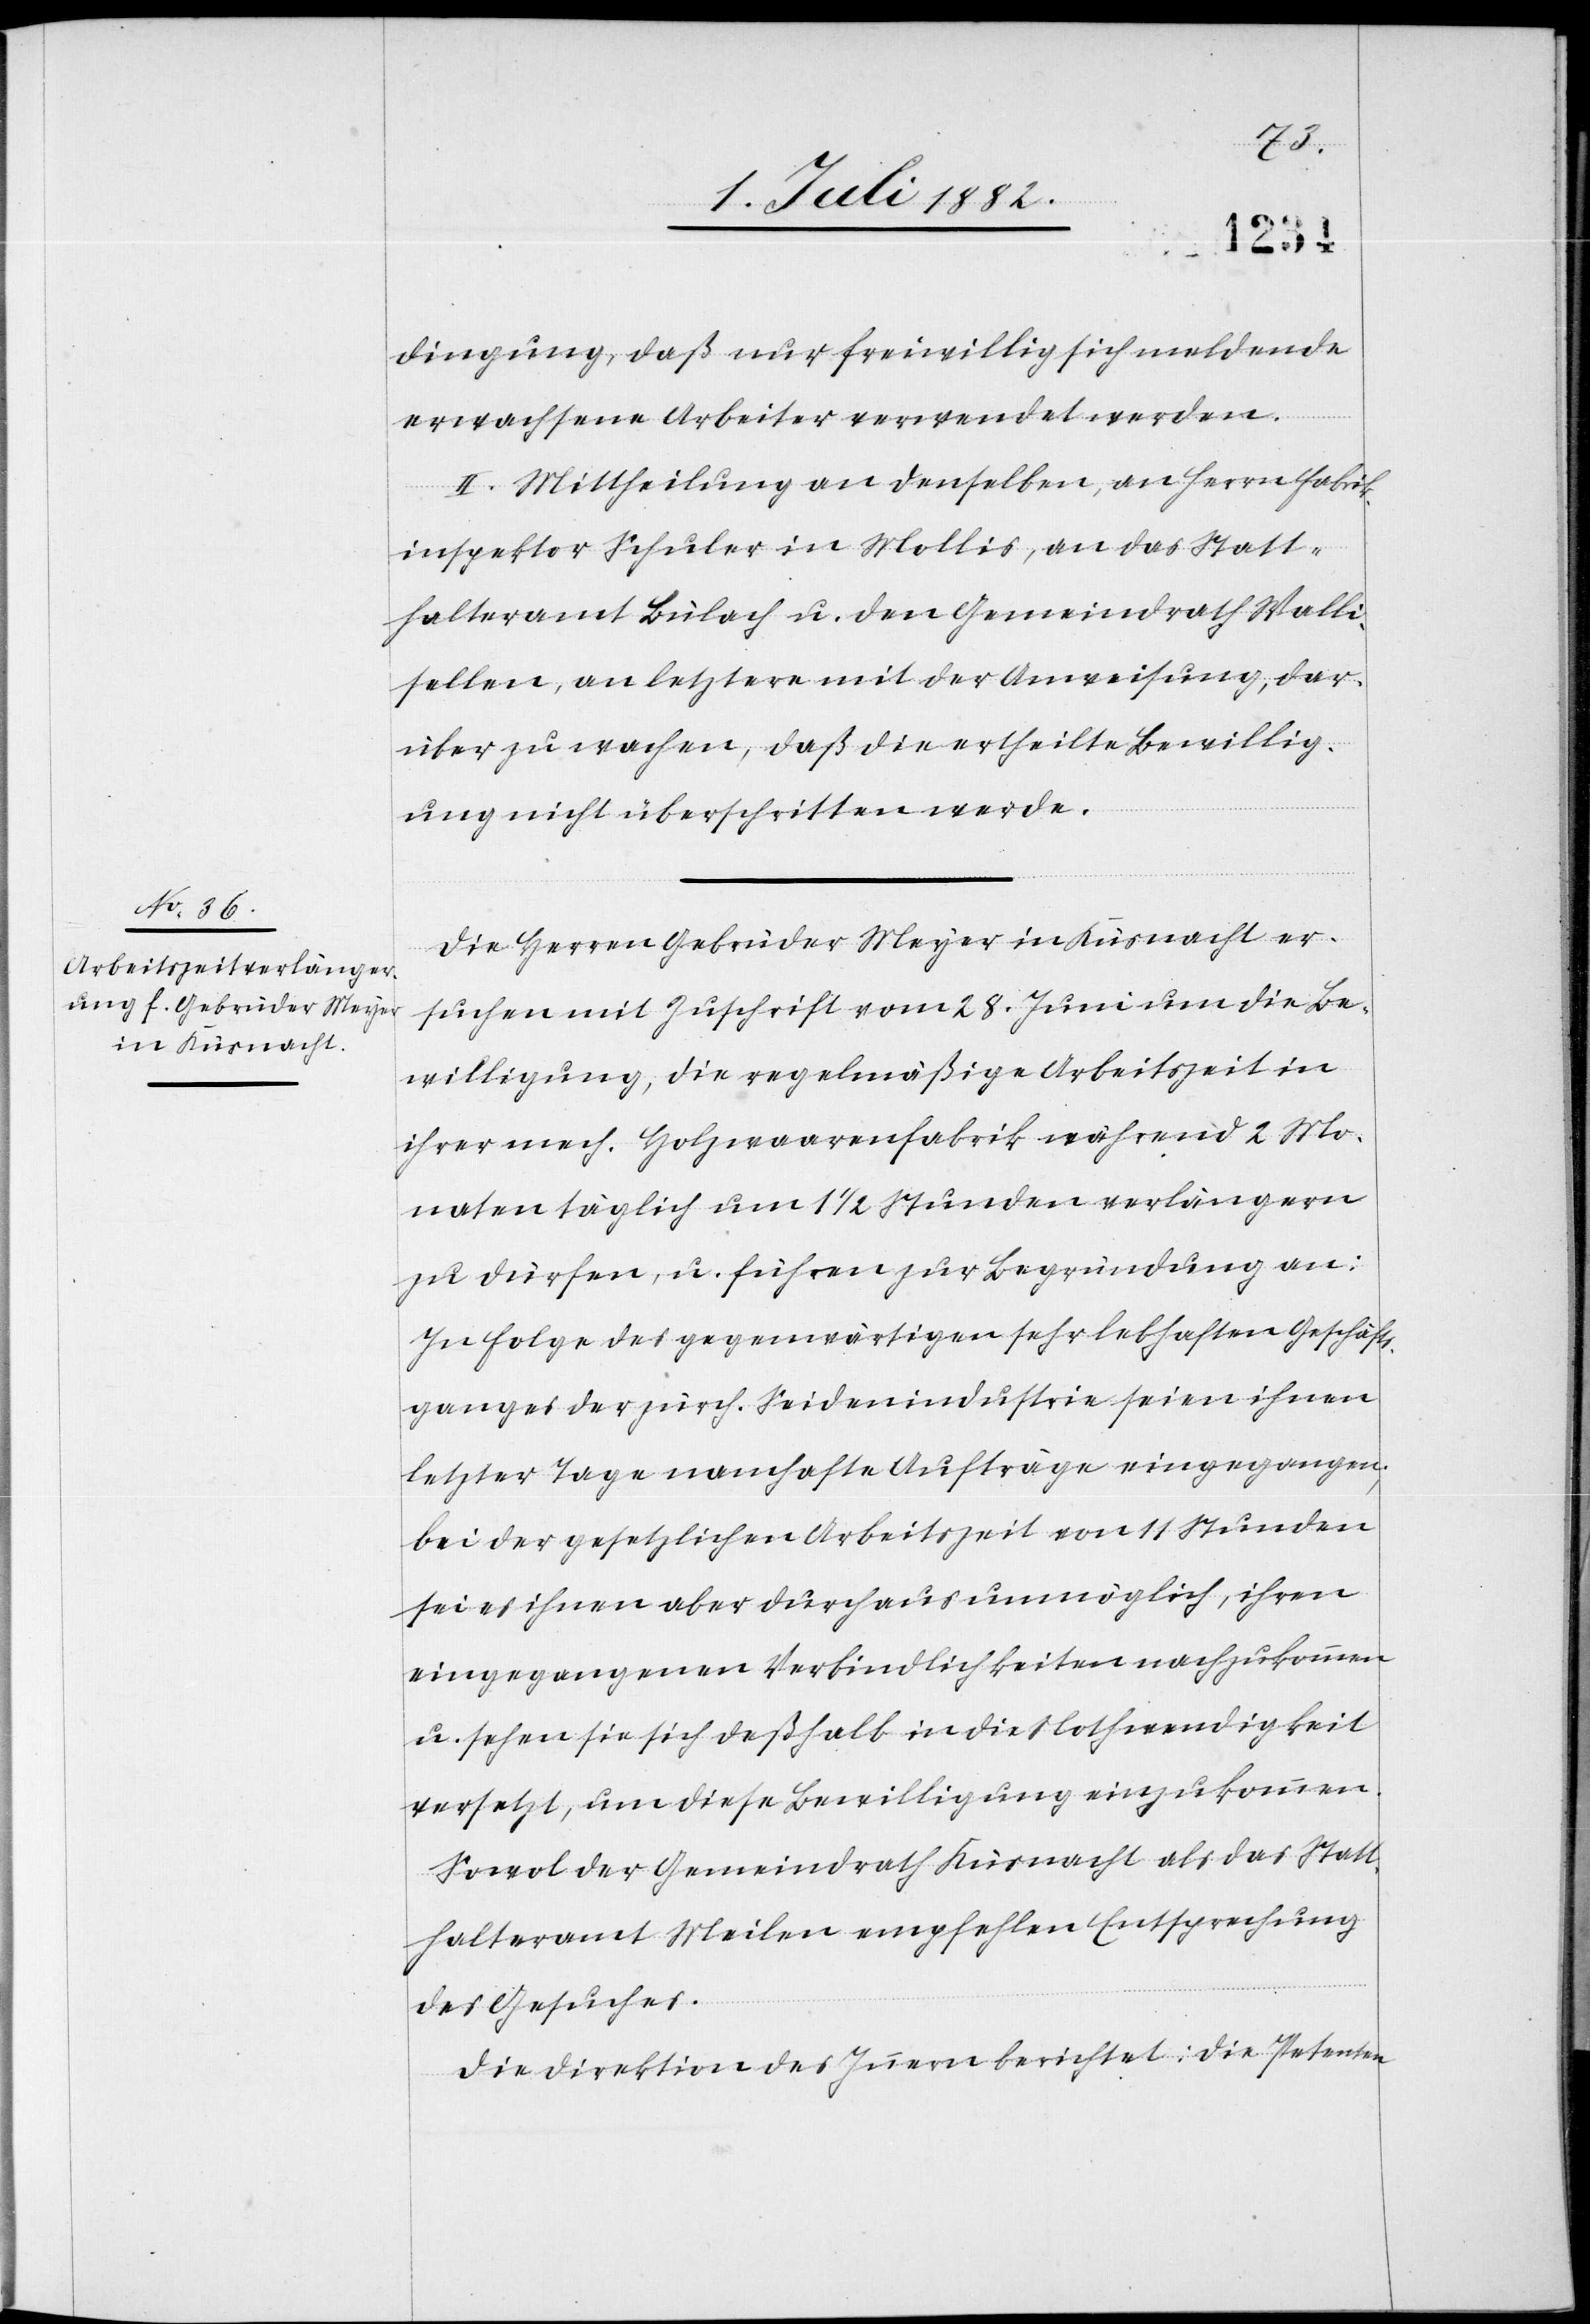
4. Juli 1882.]
dingung, daß nur freiwillig sich meldende
erwachsene Arbeiter verwendet werden.
II. Mittheilung an denselben, an Herrn Fabrik¬
inspektor Schuler in Mollis, an das Statt¬
halteramt Bülach u. den Gemeindrath Walli¬
sellen, an letztere mit der Anweisung, dar¬
über zu wachen, daß die ertheilte Bewillig¬
ung nicht überschritten werde.
Die Herren Gebrüder Meyer in Küsnacht er¬
suchen mit Zuschrift vom 28. Juni um die Be¬
willigung, die regelmäßige Arbeitszeit in
ihrer mech. Holzwaarenfabrik während 2 Mo¬
naten täglich um 11/2 Stunden verlängern
zu dürfen, u. führen zur Begründung an:
In Folge des gegenwärtigen sehr lebhaften Geschäfts¬
ganges der zürch. Seidenindustrie seien ihnen
letzter Tage namhafte Aufträge eingegangen;
bei der gesetzlichen Arbeitszeit von 11 Stunden
sei es ihnen aber durchaus unmöglich, ihren
eingegangenen Verbindlichkeiten nachzukommen
u. sehen sie sich deßhalb in die Nothwendigkeit
versetzt, um diese Bewilligung einzukommen.
Sowol der Gemeindrath Küsnacht als das Statt¬
halteramt Meilen empfehlen Entsprechung
des Gesuches.
Die Direktion des Innern berichtet: die Petenten